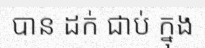
បាន ដក់ ជាប់ ក្នុង